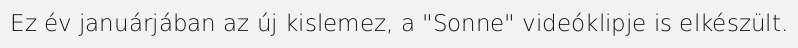
Ez év januárjában az új kislemez, a "Sonne" videóklipje is elkészült.